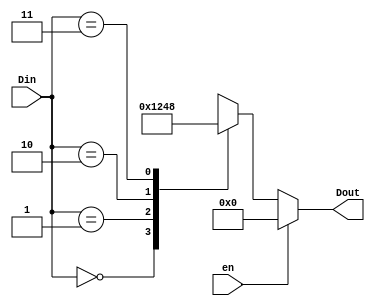
`timescale 1ns / 1ps
//////////////////////////////////////////////////////////////////////////////////
// Company: 
// Engineer: 
// 
// Design Name: 
// Module Name: dec_2_4
// Project Name: 
// Target Devices: 
// Tool Versions: 
// Description: 
// 
// Dependencies: 
// 
// Revision:
// Revision 0.01 - File Created
// Additional Comments:
// 
//////////////////////////////////////////////////////////////////////////////////


module dec_2_4(en,Din,Dout);
    input en;
    input [1:0] Din;
    output [3:0] Dout;
    reg [3:0] Dout;
    always@(en,Din)
    begin
    if(en==1)
    begin
    Dout=4'b0000;
    end
    
    else begin
    case(Din)
    2'b00: Dout = 4'b0001;
    2'b01: Dout = 4'b0010;
    2'b10: Dout = 4'b0100;
    2'b11: Dout = 4'b1000;
    endcase
    end end
endmodule